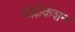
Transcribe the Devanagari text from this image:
ॲप्लीकेशन